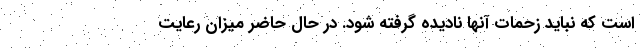
است که نباید زحمات آنها نادیده گرفته شود. در حال حاضر میزان رعایت